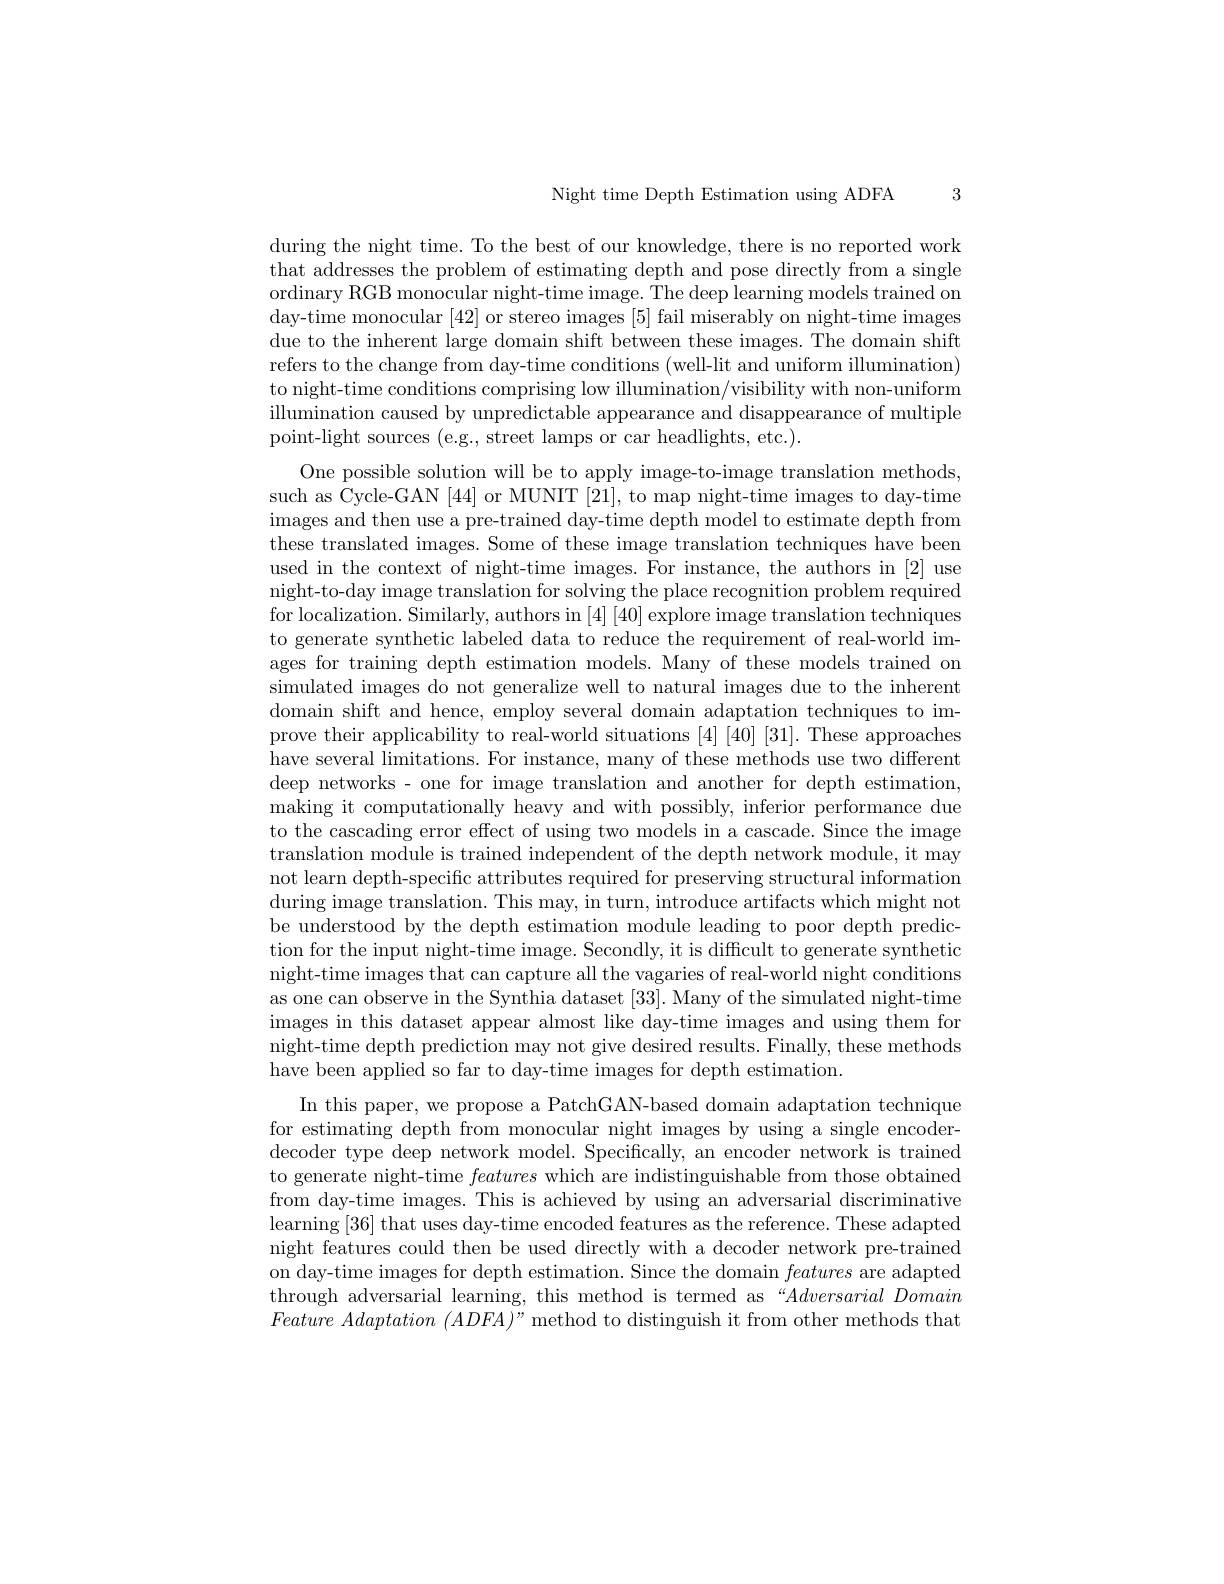
Night time Depth Estimation using ADFA 3

during the night time. To the best of our knowledge, there is no reported work that addresses the problem of estimating depth and pose directly from a single ordinary RGB monocular night-time image. The deep learning models trained on day-time monocular [42] or stereo images [5] fail miserably on night-time images due to the inherent large domain shift between these images. The domain shift refers to the change from day-time conditions (well-lit and uniform illumination) to night-time conditions comprising low illumination/visibility with non-uniform illumination caused by unpredictable appearance and disappearance of multiple point-light sources (e.g., street lamps or car headlights, etc.).

One possible solution will be to apply image-to-image translation methods, such as Cycle-GAN [44] or MUNIT [21], to map night-time images to day-time images and then use a pre- trained day- time depth model to estimate depth from these translated images. Some of these image translation techniques have been used in the context of night-time images. For instance, the authors in [2] use night-to-day image translation for solving the place recognition problem required for localization. Similarly, authors in $[4]\left[40\right]$explore image translation techniques to generate synthetic labeled data to reduce the requirement of real-world images for training depth estimation models. Many of these models trained on simulated images do not generalize well to natural images due to the inherent domain shift and hence, employ several domain adaptation techniques to improve their applicability to real-world situations [4] [40] [31]. These approaches have several limitations. For instance, many of these methods use two different deep networks - one for image translation and another for depth estimation, making it computationally heavy and with possibly, inferior performance due to the cascading error effect of using two models in a cascade. Since the image translation module is trained independent of the depth network module, it may not learn depth-specific attributes required for preserving structural information during image translation. This may, in turn, introduce artifacts which might not be understood by the depth estimation module leading to poor depth prediction for the input night-time image. Secondly, it is difficult to generate synthetic night-time images that can capture all the vagaries of real-world night conditions as one can observe in the Synthia dataset [33]. Many of the simulated night-time images in this dataset appear almost like day-time images and using them for night-time depth prediction may not give desired results. Finally, these methods have been applied so far to day-time images for depth estimation.
In this paper, we propose a PatchGAN-based domain adaptation technique for estimating depth from monocular night images by using a single encoderdecoder type deep network model. Specifically, an encoder network is trained to generate night-time features which are indistinguishable from those obtained from day-time images. This is achieved by using an adversarial discriminative learning [36] that uses day-time encoded features as the reference. These adapted night features could then be used directly with a decoder network pre-trained on day-time images for depth estimation. Since the domain features are adapted through adversarial learning, this method is termed as “Adversarial Domain $Feature\textit{ Adaptation ( ADFA) " method to distinguish it from other methods that}$